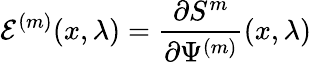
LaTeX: \mathcal{E}^{(m)}(x,\lambda)=\frac{\partial S^{m}}{\partial\Psi^{(m)}}(x,\lambda)